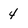
Character: 4